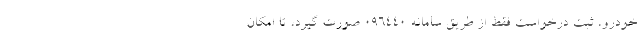
خودرو، ثبت درخواست فقط از طریق سامانه ۰۹۶۴۴۰ صورت گیرد، تا امکان